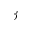
\beta